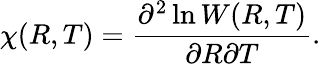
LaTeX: \chi(R,T)=\frac{\partial^{2}\ln W(R,T)}{\partial R\partial T}.